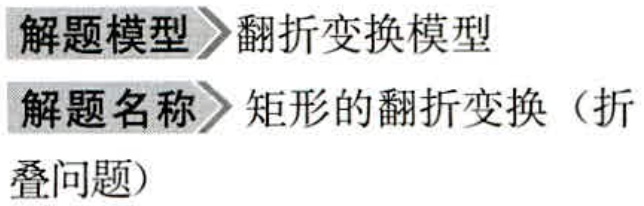
\begin{description}
\item[解题模型] 翻折变换模型
\item[解题名称] 矩形的翻折变换（折叠问题）
\end{description}